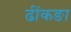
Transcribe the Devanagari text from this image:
ढींकङा